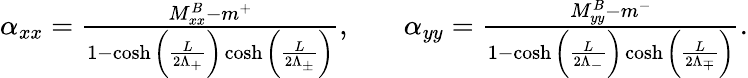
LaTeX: \begin{array}{rlr}{\alpha_{xx}=\frac{M_{xx}^{B}-m^{+}}{1-\cosh\bigg(\frac{L}{2\Lambda_{+}}\bigg)\cosh\bigg(\frac{L}{2\Lambda_{\pm}}\bigg)},}&{{}}&{\alpha_{yy}=\frac{M_{yy}^{B}-m^{-}}{1-\cosh\bigg(\frac{L}{2\Lambda_{-}}\bigg)\cosh\bigg(\frac{L}{2\Lambda_{\mp}}\bigg)}.}\end{array}